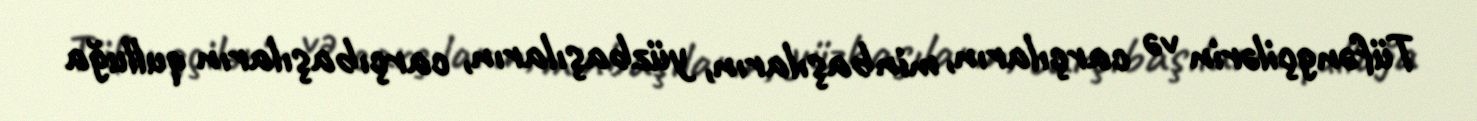
Tüfəngçilərin və carçıların, minbaşıların, yüzbaşıların, carçıbaşıların qulluğa